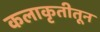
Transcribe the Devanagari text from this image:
कलाकृतीतून